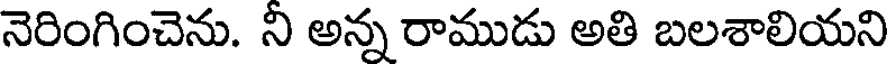
నెరింగించెను. ని అన్న రాముడు అతి బలశాలియని